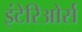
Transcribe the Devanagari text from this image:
इंटेरिओर्स